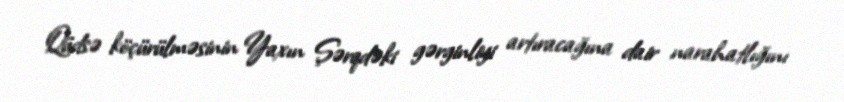
Qüdsə köçürülməsinin Yaxın Şərqdəki gərginliyi artıracağına dair narahatlığını